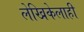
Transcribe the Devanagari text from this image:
लेखिकेलाही